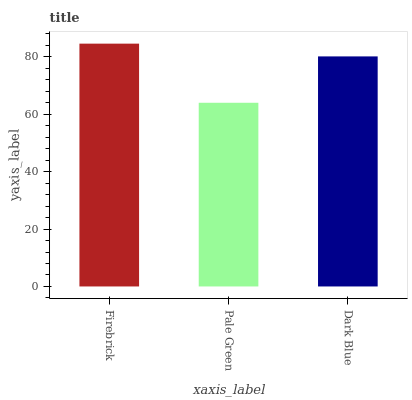
| xaxis_label | bars |
 | --- | --- |
 | Firebrick | 84.6 |
 | Pale Green | 64 |
 | Dark Blue | 80.2 |